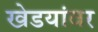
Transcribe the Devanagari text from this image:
खेडयांवर